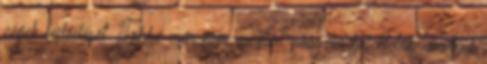
cégek fejlődését. Többé már nem csupán passzív befektetők, amelyek